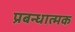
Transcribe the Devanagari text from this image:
प्रबन्धात्मक